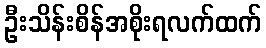
ဦးသိန်းစိန်အစိုးရလက်ထက်